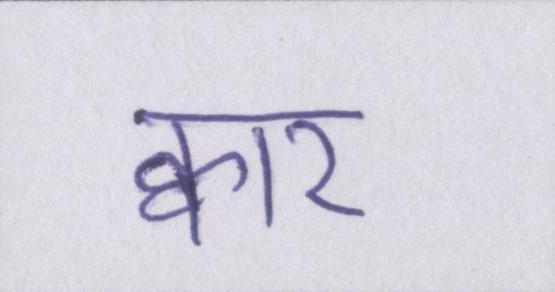
क्वार